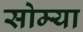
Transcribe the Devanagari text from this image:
सोम्या